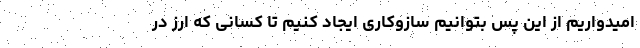
امیدواریم از این پس بتوانیم سازوکاری ایجاد کنیم تا کسانی که ارز در